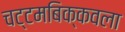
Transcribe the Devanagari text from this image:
चट्टमबिक्कवला